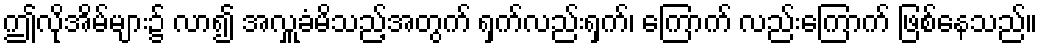
ဤလိုအိမ်များ၌ လာ၍ အလှူခံမိသည့်အတွက် ရှက်လည်းရှက်၊ ကြောက် လည်းကြောက် ဖြစ်နေသည်။